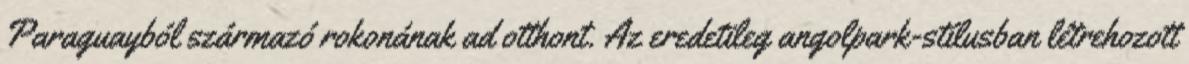
Paraguayból származó rokonának ad otthont. Az eredetileg angolpark-stílusban létrehozott